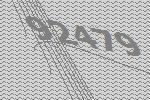
92479